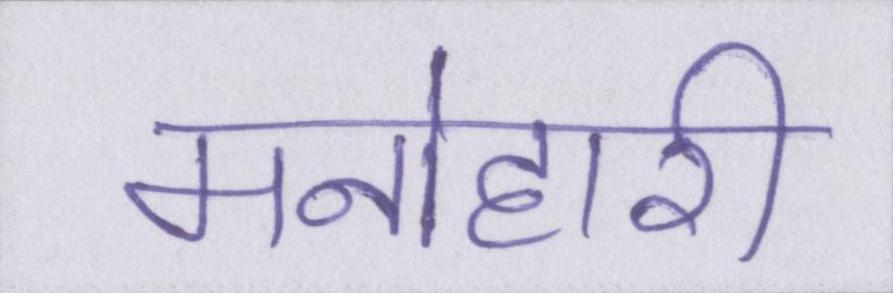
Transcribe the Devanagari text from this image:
मनोहारी